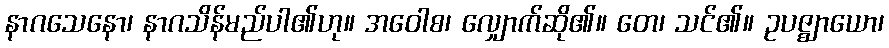
နာဂသေနော၊ နာဂသိန်မည်ပါ၏ဟု။ အဝေါစ၊ လျှောက်ဆို၏။ တေ၊ သင်၏။ ဥပဇ္ဈာယော၊